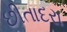
છીતાદરા